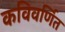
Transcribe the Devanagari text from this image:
कविवर्णित